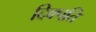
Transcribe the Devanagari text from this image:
दिक्पति